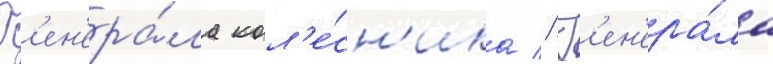
Г'ен'ера́ла кол'е́сн'ика // Г'ен'ера́ла